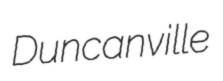
Duncanville